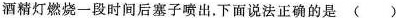
酒精灯燃烧-段时间后塞子喷出。下面说法正确的是( )